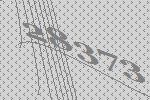
28373